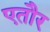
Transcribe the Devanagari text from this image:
एतौर